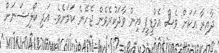
ދާއިރާ އަކަށް ވެސް އެމްޑީޕީ އިން ވާދަކުރެވެން ޖެހޭނެ ކަމަށެވެ. އަދި ކޯލިޝަނަށް